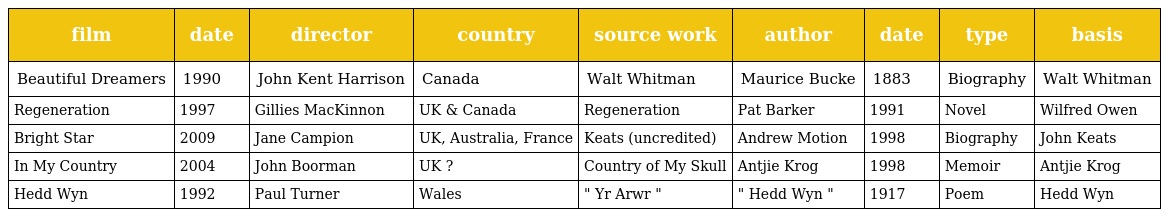
| film | date | director | country | source work | author | date | type | basis |
 | --- | --- | --- | --- | --- | --- | --- | --- | --- |
 | Beautiful Dreamers | 1990 | John Kent Harrison | Canada | Walt Whitman | Maurice Bucke | 1883 | Biography | Walt Whitman |
 | Regeneration | 1997 | Gillies MacKinnon | UK & Canada | Regeneration | Pat Barker | 1991 | Novel | Wilfred Owen |
 | Bright Star | 2009 | Jane Campion | UK, Australia, France | Keats (uncredited) | Andrew Motion | 1998 | Biography | John Keats |
 | In My Country | 2004 | John Boorman | UK ? | Country of My Skull | Antjie Krog | 1998 | Memoir | Antjie Krog |
 | Hedd Wyn | 1992 | Paul Turner | Wales | " Yr Arwr " | " Hedd Wyn " | 1917 | Poem | Hedd Wyn |